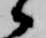
候